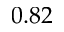
0 . 8 2